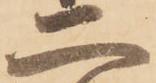
二